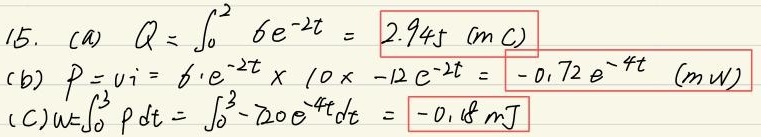
15. (a) $Q = \int_{0}^{2}6e^{-2t}= \boxed{2.945\ (mC)}$
(b) $P = vi = 6\cdot e^{-2t}\times10\times - 12e^{-2t}=\boxed{- 0.72e^{-4t}\ (mW)}$
(c) $w=\int_{0}^{2}P\mathrm{d}t=\int_{0}^{2}-720e^{-4t}\mathrm{d}t=\boxed{- 0.18\ mJ}$